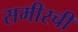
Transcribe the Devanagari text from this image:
समीरची